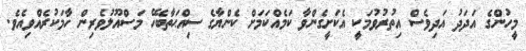
މީހުންގެ އަދަދު އަދިވެސް އިތުރުވުމަކީ އެކަށީގެންވާ ކަމެއްކަމަށް ކެންޔާގެ ސިއްޙަތާބެހޭ މަސްއޫލުވެރިން ހާމަކުރެއްވިއެވެ.